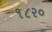
૧૮ર૦